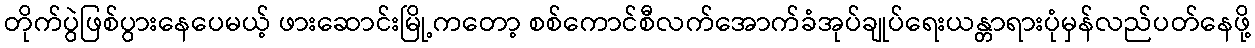
တိုက်ပွဲဖြစ်ပွားနေပေမယ့် ဖားဆောင်းမြို့ကတော့ စစ်ကောင်စီလက်အောက်ခံအုပ်ချုပ်ရေးယန္တာရားပုံမှန်လည်ပတ်နေဖို့